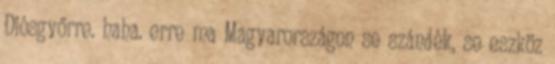
Diósgyőrre. haha. erre ma Magyarországon se szándék, se eszköz